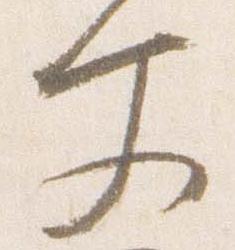
文